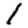
Digit: 1